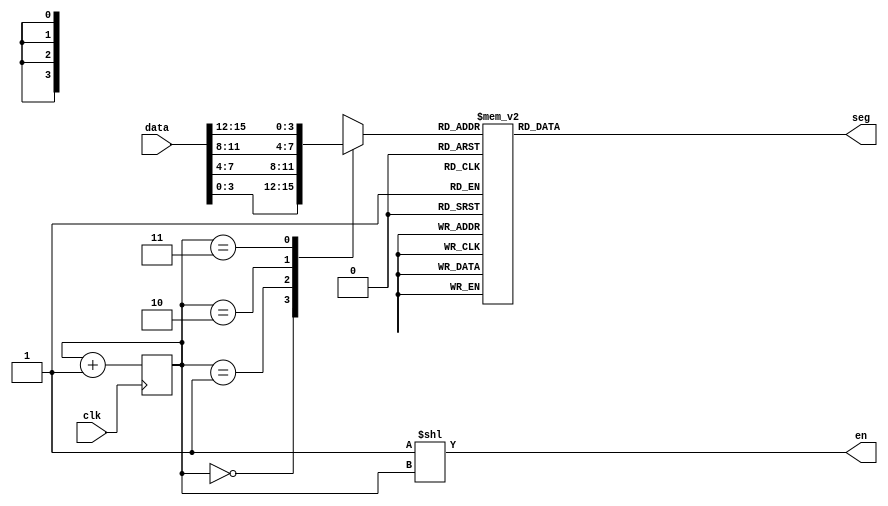
module display (
    input clk,
    input [15:0] data,
    output [3:0] en,
    output reg [6:0] seg
);

reg [1:0] current = 2'b0;
reg[3:0] digit;

always @(posedge clk) begin
    current <= current + 1'b1;
end

always @(*) begin
    case (current)
    2'd0: digit = data[3:0];
    2'd1: digit = data[7:4];
    2'd2: digit = data[11:8];
    2'd3: digit = data[15:12];
    endcase
end

always @(*) begin
    case (digit)
    4'h0: seg = 7'b1111110;
    4'h1: seg = 7'b0110000;
    4'h2: seg = 7'b1101101;
    4'h3: seg = 7'b1111001;
    4'h4: seg = 7'b0110011;
    4'h5: seg = 7'b1011011;
    4'h6: seg = 7'b1011111;
    4'h7: seg = 7'b1110000;
    4'h8: seg = 7'b1111111;
    4'h9: seg = 7'b1111011;
    4'ha: seg = 7'b1110111;
    4'hb: seg = 7'b0011111;
    4'hc: seg = 7'b1001110;
    4'hd: seg = 7'b0111101;
    4'he: seg = 7'b1001111;
    4'hf: seg = 7'b1000111;
    endcase
end

assign en = 4'b1 << current;

endmodule